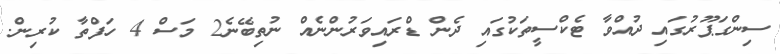
ސިންގަޕޫރުގައި ދުއްވާ ޓެކްސީތަކުގައި ދެން ޑްރައިވަރުންނެއް ނުތިބޭނެ2 މަސް 4 ހަފްތާ ކުރިން.